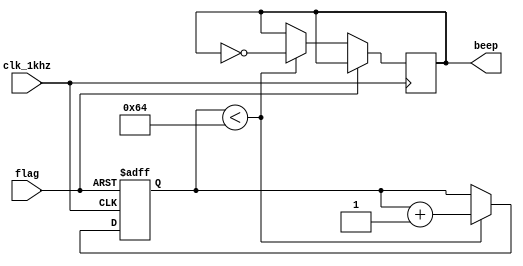
module beep_driver(clk_1khz, flag, beep);
	input clk_1khz;
	input flag;
	
	parameter beep_cnt_num = 100;
	
	reg [6:0]beep_cnt;
	
	output reg beep;
	
	initial 
	begin
		beep <= 1'b1;
		beep_cnt <= 7'd0;
	end
	
	always @(posedge clk_1khz or posedge flag)
	begin
		if (flag)
			begin
				beep_cnt <= 7'd0;
			end
		else if(beep_cnt < beep_cnt_num)
			begin
				beep <= ~beep;
				beep_cnt <= beep_cnt + 7'd1;
			end
	end

endmodule